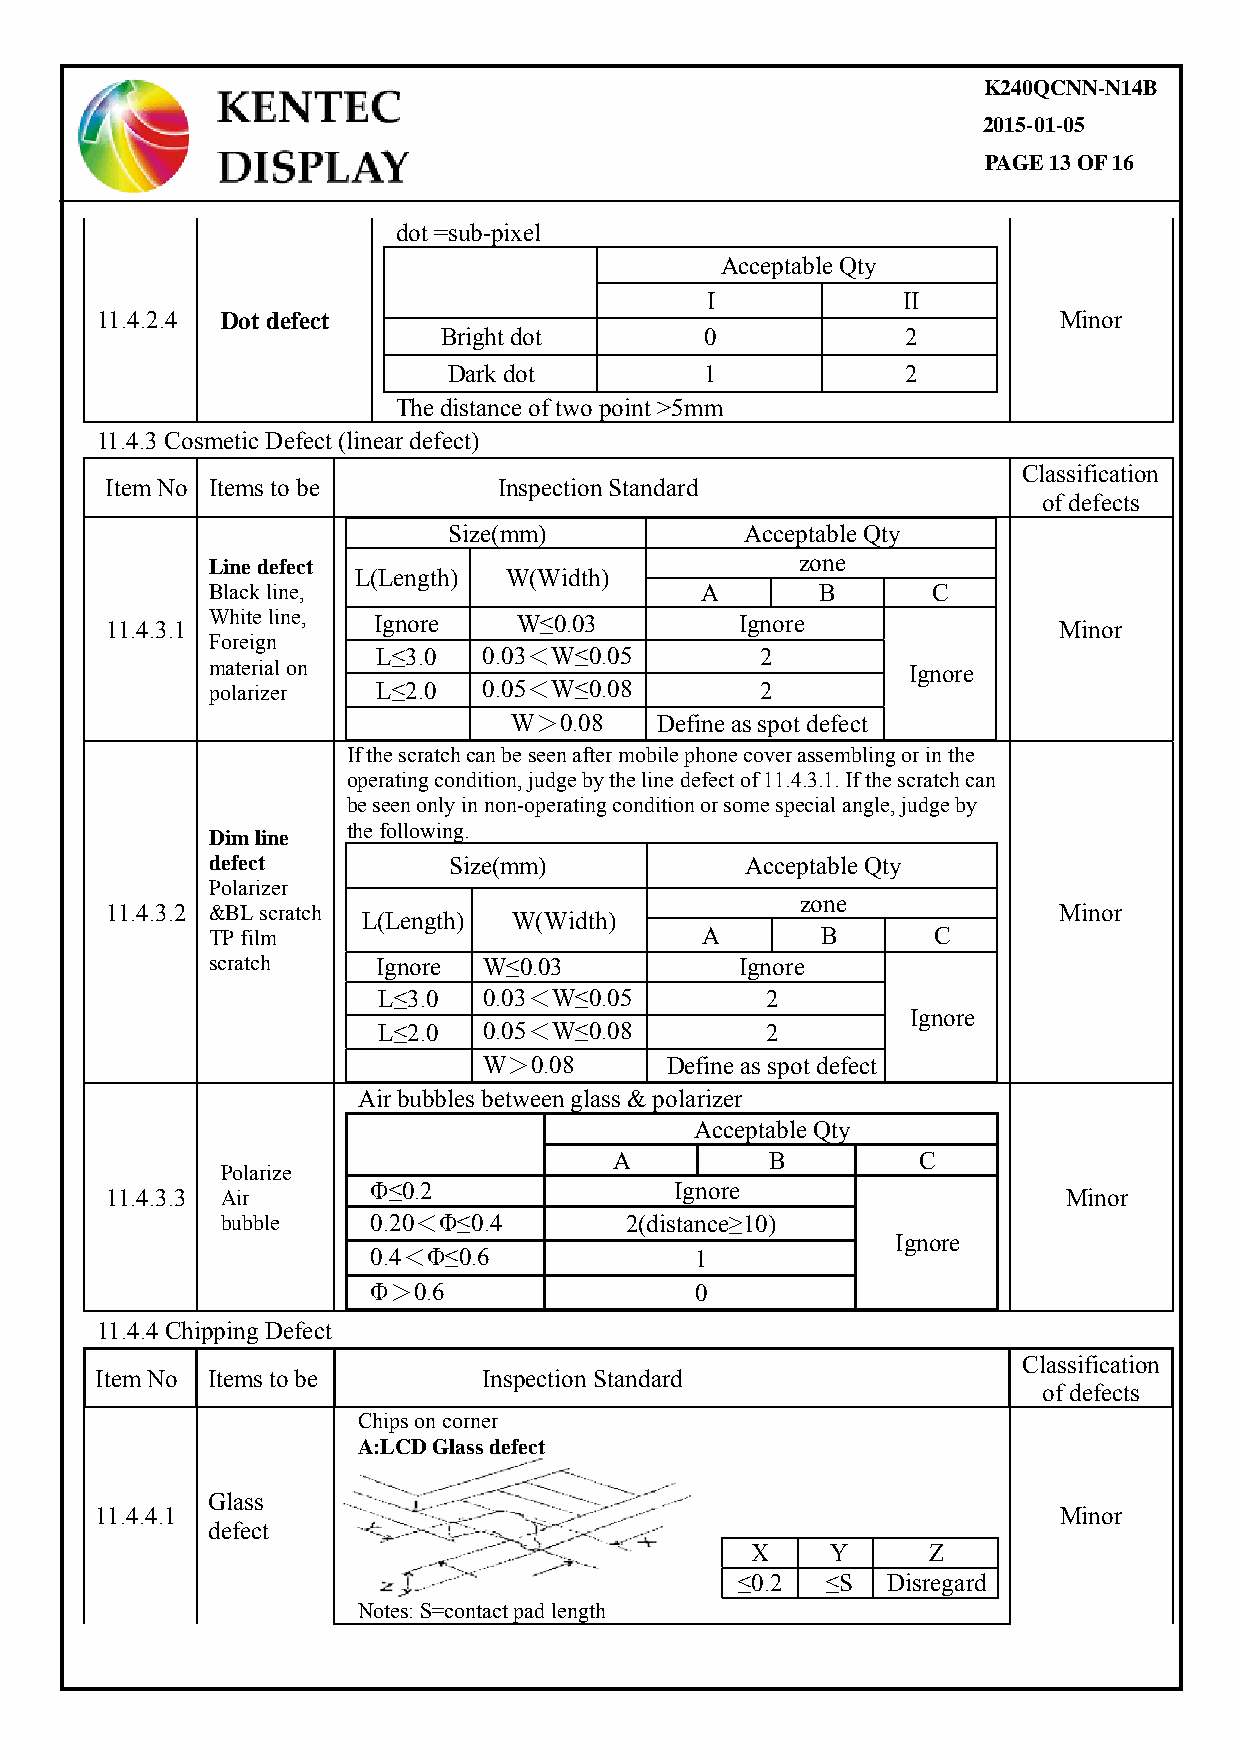
K240QCNN-N14B
 2015-01-05
 PAGE 13 OF 16
 dot =sub-pixel
 Acceptable Qty
 I            II
 11.4.2.4 Dot defect                                             Minor
 Bright dot        0            2
 Dark dot         1            2
 The distance of two point >5mm
 11.4.3 Cosmetic Defect (linear defect)
 Classification
 Item No Items to be       Inspection Standard
 of defects
 Size(mm)           Acceptable Qty
 Line defect                            zone
 L(Length) W(Width)
 Black line,                     A       B       C
 11.4.3.1 White line, Ignore W≤0.03        Ignore               Minor
 Foreign
 L≤3.0  0.03＜W≤0.05       2
 material on                                   Ignore
 polarizer  L≤2.0  0.05＜W≤0.08       2
 W＞0.08   Define as spot defect
 If the scratch can be seen after mobile phone cover assembling or in the
 operating condition, judge by the line defect of 11.4.3.1. If the scratch can
 be seen only in non-operating condition or some special angle, judge by
 the following.
 Dim line
 defect          Size(mm)           Acceptable Qty
 Polarizer
 zone
 11.4.3.2 &BL scratch L(Length) W(Width)                        Minor
 TP film                         A       B       C
 scratch    Ignore W≤0.03           Ignore
 L≤3.0  0.03＜W≤0.05        2
 Ignore
 L≤2.0  0.05＜W≤0.08        2
 W＞0.08      Define as spot defect
 Air bubbles between glass & polarizer
 Acceptable Qty
 A         B         C
 Polarize
 Φ≤0.2               Ignore
 11.4.3.3 Air                                                   Minor
 bubble    0.20＜Φ≤0.4      2(distance≥10)
 Ignore
 0.4＜Φ≤0.6            1
 Φ＞0.6                0
 11.4.4 Chipping Defect
 Classification
 Item No Items to be       Inspection Standard
 of defects
 Chips on corner
 A:LCD Glass defect
 Glass
 11.4.4.1                                                        Minor
 defect
 X    Y     Z
 ≤0.2  ≤S  Disregard
 Notes: S=contact pad length